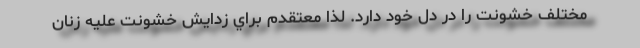
مختلف خشونت را در دل خود دارد. لذا معتقدم براي زدايش خشونت عليه زنان